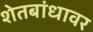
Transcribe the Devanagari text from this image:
शेतबांधावर